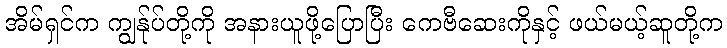
အိမ်ရှင်က ကျွန်ုပ်တို့ကို အနားယူဖို့ပြောပြီး ကေဗီဆေးကိုနှင့် ဖယ်မယ့်ဆူတို့က